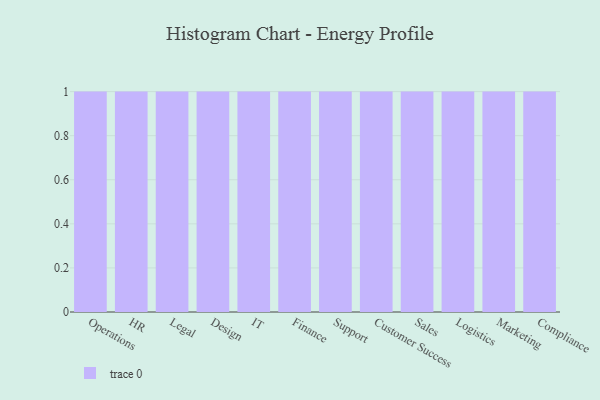
{"axis": {"x": "Department", "y": "Temperature (°C)"}, "legend": [""], "data": [{"x": "Operations", "y": 88, "type": ""}, {"x": "HR", "y": 1, "type": ""}, {"x": "Legal", "y": 66, "type": ""}, {"x": "Design", "y": 64, "type": ""}, {"x": "IT", "y": 14, "type": ""}, {"x": "Finance", "y": 51, "type": ""}, {"x": "Support", "y": 86, "type": ""}, {"x": "Customer Success", "y": 68, "type": ""}, {"x": "Sales", "y": 33, "type": ""}, {"x": "Logistics", "y": 41, "type": ""}, {"x": "Marketing", "y": 76, "type": ""}, {"x": "Compliance", "y": 12, "type": ""}]}